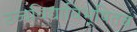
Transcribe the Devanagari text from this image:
उच्चविद्याविभूषितब